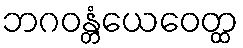
ဘဂဝန္တံယေဝေတ္ထ